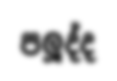
පලූද්ද